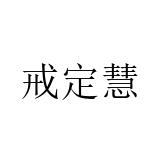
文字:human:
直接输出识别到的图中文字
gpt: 戒定慧